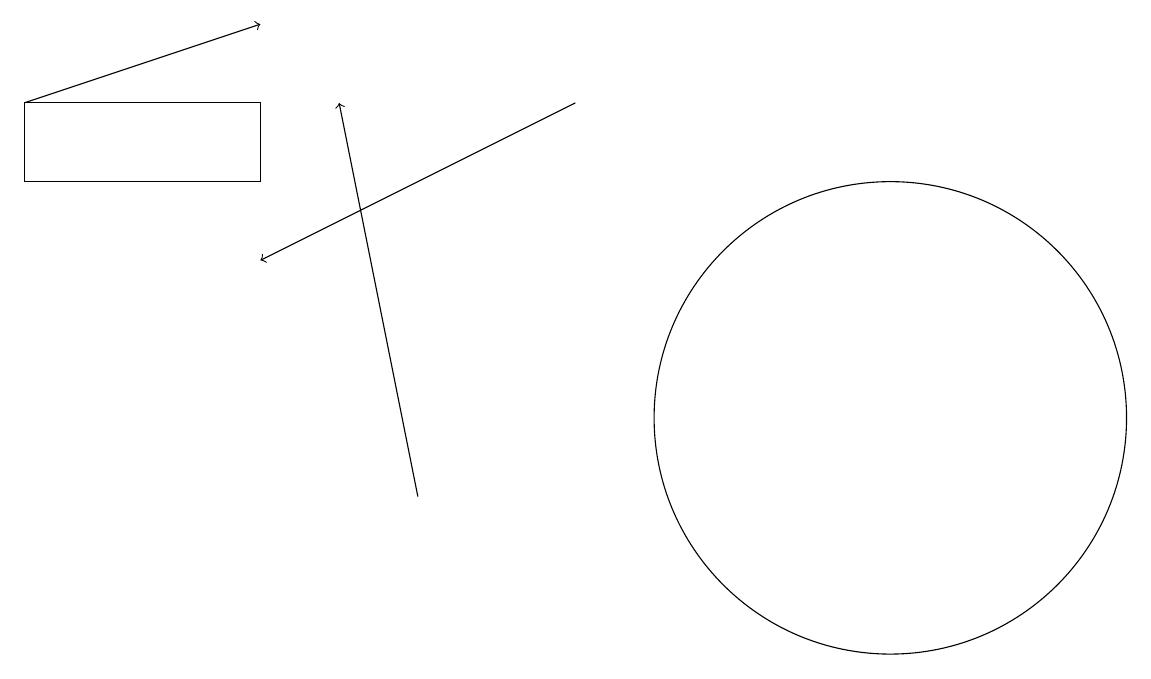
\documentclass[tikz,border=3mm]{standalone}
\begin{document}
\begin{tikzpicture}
\draw[->] (5,11) -- (4,16);
\draw (3,16) rectangle (0,15);
\draw (11,12) circle (3);
\draw[->] (0,16) -- (3,17);
\draw[->] (7,16) -- (3,14);
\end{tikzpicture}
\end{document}